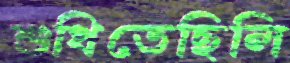
শুধিতেছিলি